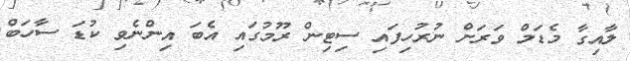
ލާއިގާ މެޑަމް ވަރަށް ނުރުހިފައި ސިޓިން ރޫމުގައި އެބަ އިންނެވި ކުޑަ ސާހަބް